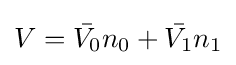
V={\bar {V_{0}}}n_{0}+{\bar {V_{1}}}n_{1}